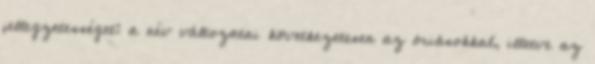
jellegzetességet: a név változatai következetesen az óriásokkal, illetve az